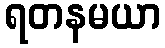
ရတနမယာ